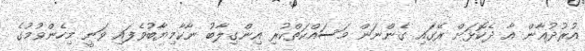
އުރުދުޣާން އާ ދެކޮޅަށް ރޭގައި ގެންނަން މަސައްކަތްކުރި އިންގިލާބު ނާކާމިޔާބުވެފައި ވަނީ މިހެންވުމުގެ